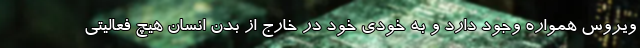
ویروس همواره وجود دارد و به خودی خود در خارج از بدن انسان هیچ فعالیتی